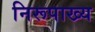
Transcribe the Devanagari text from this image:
निरूपाख्य